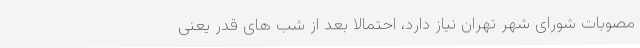
مصوبات شورای شهر تهران نیاز دارد، احتمالا بعد از شب های قدر یعنی